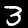
Label: 3